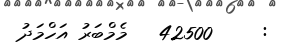
:     42500   މެމްބަރު އަހްމަދު